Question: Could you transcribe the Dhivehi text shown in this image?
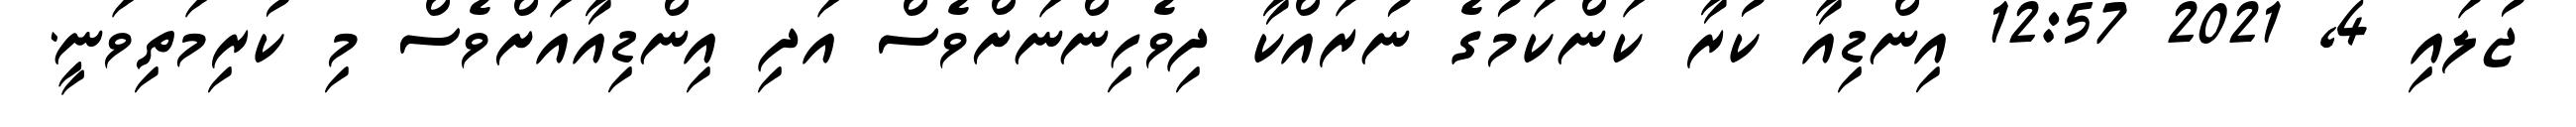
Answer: ޖުލައި 4, 2021 12:57 އިންޑިއާ ކުރާ ކަންކަމުގެ ނުރައްކާ ދިވެހިންނަށްވެސް އަދި އިންޑިއާއަށްވެސް މި ކުރިމަތިވަނީ.